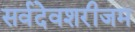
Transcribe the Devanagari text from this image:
सर्वदेवशरीजम